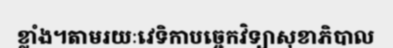
ខ្លាំង។តាមរយៈវេទិកាបច្ចេកវិទ្យាសុខាភិបាល